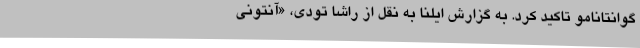
گوانتانامو تاکید کرد. به گزارش ایلنا به نقل از راشا تودی، «آنتونی